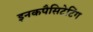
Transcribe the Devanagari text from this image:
इनकपैसिटेटिंग